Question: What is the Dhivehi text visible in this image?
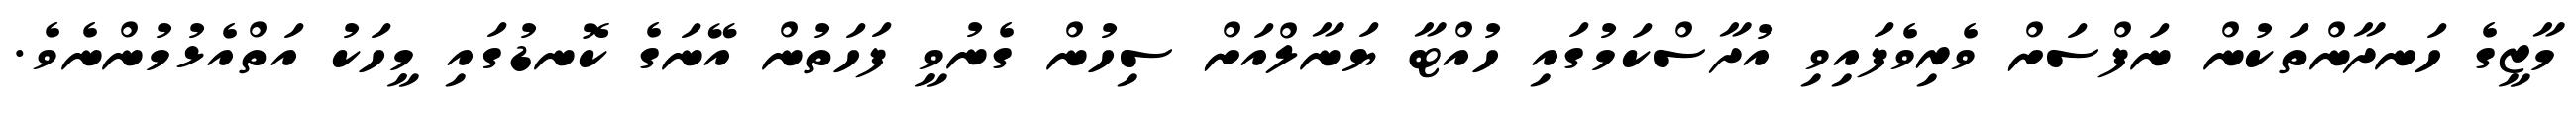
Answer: މާޒީގެ ހަނދާންތަކުން ނަފްސަށް ވެރިވެފައިވި އުދާސްކަމުގައި ހުއްޓާ ޔަނާލްއަށް ސިހުން ގެނުވީ ފަހަތުން އޭނަގެ ކޮނޑުގައި މީހަކު އަތްއެޅުމުންނެވެ.